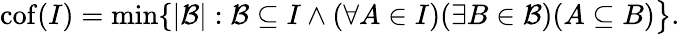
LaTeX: \mathrm{{cof}}(I)=\operatorname*{min}\{ |{\mathcal{B}}|:{\mathcal{B}}\subseteq I\wedge(\forall A\in I)(\exists B\in{\mathcal{B}})(A\subseteq B){\big\} }.